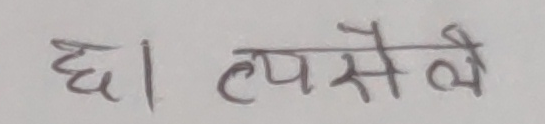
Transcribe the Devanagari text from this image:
छ। त्यसैले